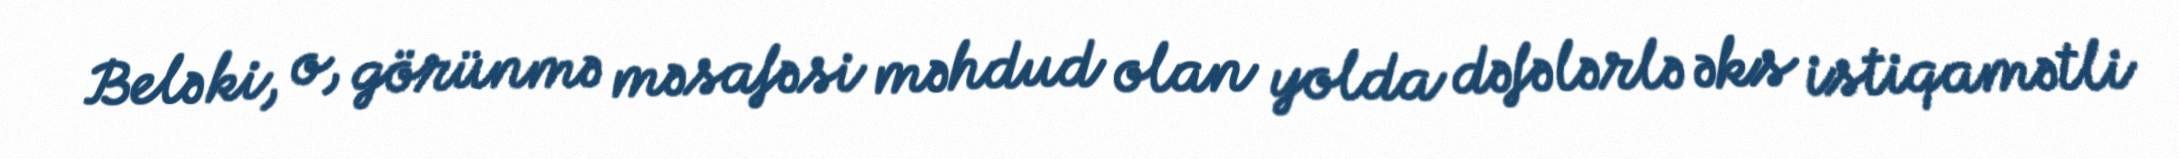
Belə ki, o, görünmə məsafəsi məhdud olan yolda dəfələrlə əks istiqamətli